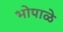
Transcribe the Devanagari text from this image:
भोपाळे